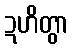
ဍဟိတွာ